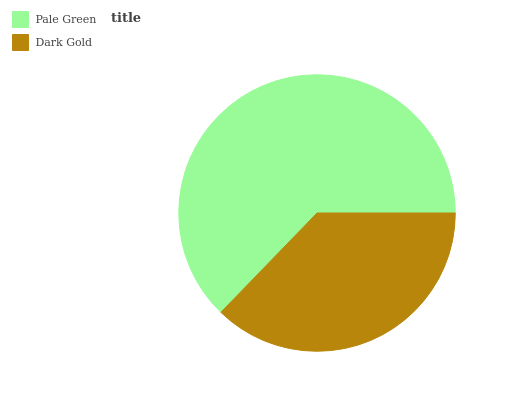
| Pale Green | Dark Gold |
 | --- | --- |
 | 62.7% | 37.3% |